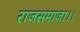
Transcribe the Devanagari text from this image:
राजसमाजा।।